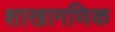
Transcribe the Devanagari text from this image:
शाखागणिक